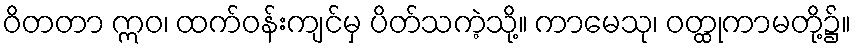
ဝိတတာ ဣဝ၊ ထက်ဝန်းကျင်မှ ပိတ်သကဲ့သို့။ ကာမေသု၊ ဝတ္ထုကာမတို့၌။